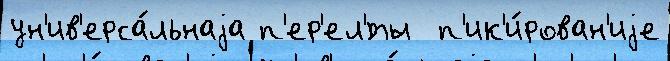
ун'ив'ерса́льнаjа п'ер'ел'́ты  п'ик'и́рован'иjе